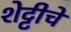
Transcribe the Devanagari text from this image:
शेट्टीचे